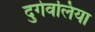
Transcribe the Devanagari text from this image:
दुर्गवलिया